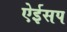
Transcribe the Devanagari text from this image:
ऐईसप